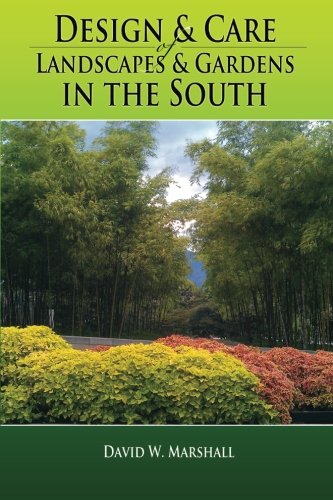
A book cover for Design & Care of Landscapes & Gardens in the South: Garden guide for Florida, Georgia, Alabama, Mississippi, Louisiana, Texas, North & South Carolina, ... herbs, fruits, lawns, flowers, and more.; David W. Marshall; Crafts, Hobbies & Home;